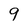
Character: 9